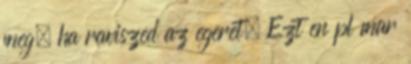
meg, ha raviszed az egeret. Ezt en pl mar